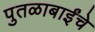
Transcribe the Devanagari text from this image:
पुतळाबाईंचे